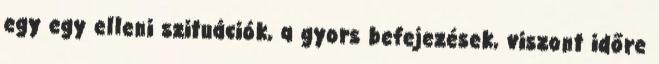
egy egy elleni szituációk, a gyors befejezések, viszont időre